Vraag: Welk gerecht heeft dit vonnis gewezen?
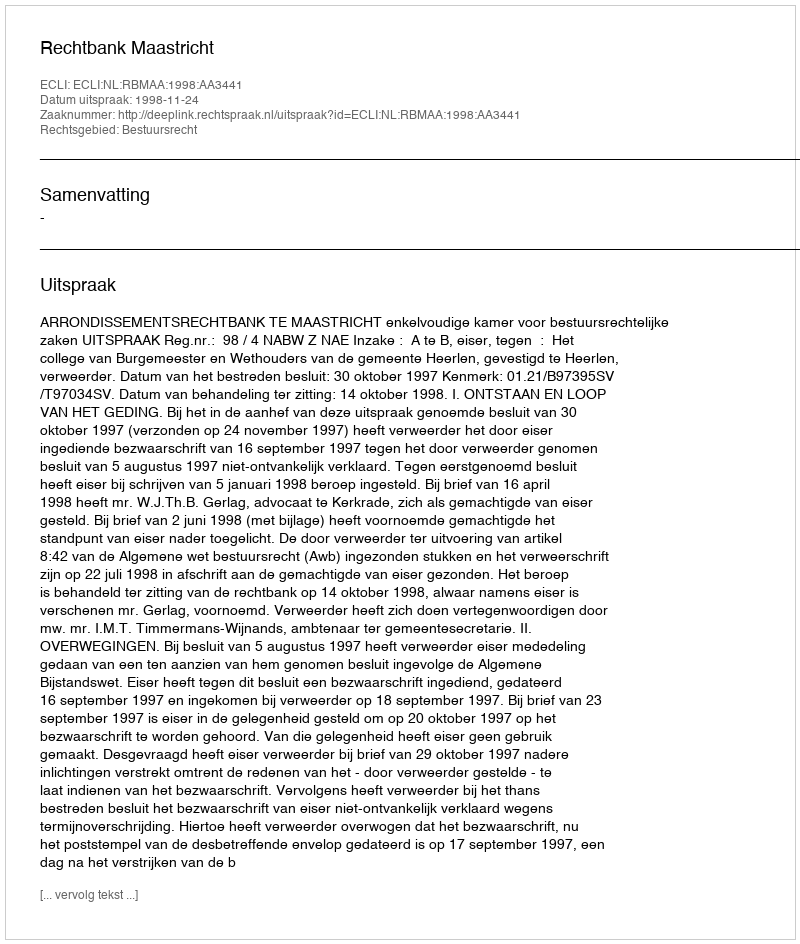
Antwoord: Rechtbank Maastricht